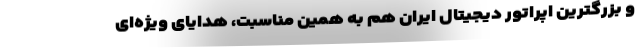
و بزرگترین اپراتور دیجیتال ایران هم به همین مناسبت، هدایای ویژه‌ای